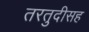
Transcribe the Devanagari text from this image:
तरतुदीसह